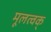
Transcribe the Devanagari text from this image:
मूलत्वक्